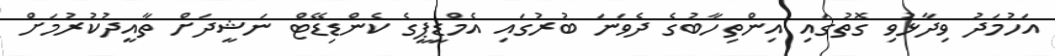
އަހުމަދު ވިދާޅުވި ގޮތުގައި އިންތިހާބުގެ ދެވަނަ ބުރުގައި އެމްޑީޕީގެ ކެންޑިޑޭޓް ނަޝީދަށް ތާއީދުކުރުމަށް